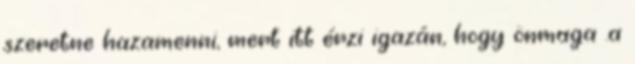
szeretne hazamenni, mert itt érzi igazán, hogy önmaga .a